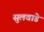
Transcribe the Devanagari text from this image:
सुलवाडे